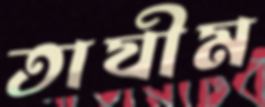
তাযীম